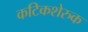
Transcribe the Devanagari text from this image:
कटिकशेरुक